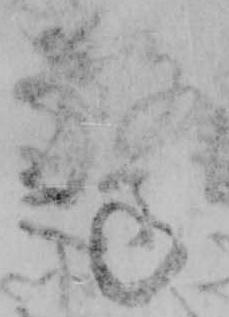
驚